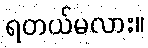
ရတယ်မလား။